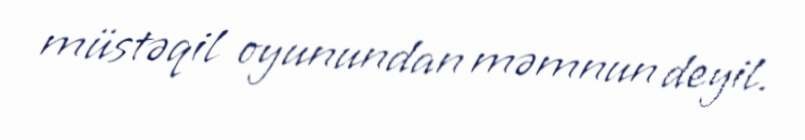
müstəqil oyunundan məmnun deyil.